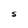
Character: S